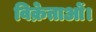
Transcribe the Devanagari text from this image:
विक्रेताओं।